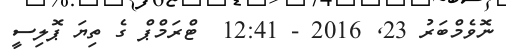
ނޮވެމްބަރު 23